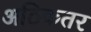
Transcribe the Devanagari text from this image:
अठिकतर